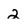
Character: 2